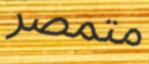
متمصر